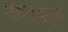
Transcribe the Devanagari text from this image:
घटकद्रव्ये